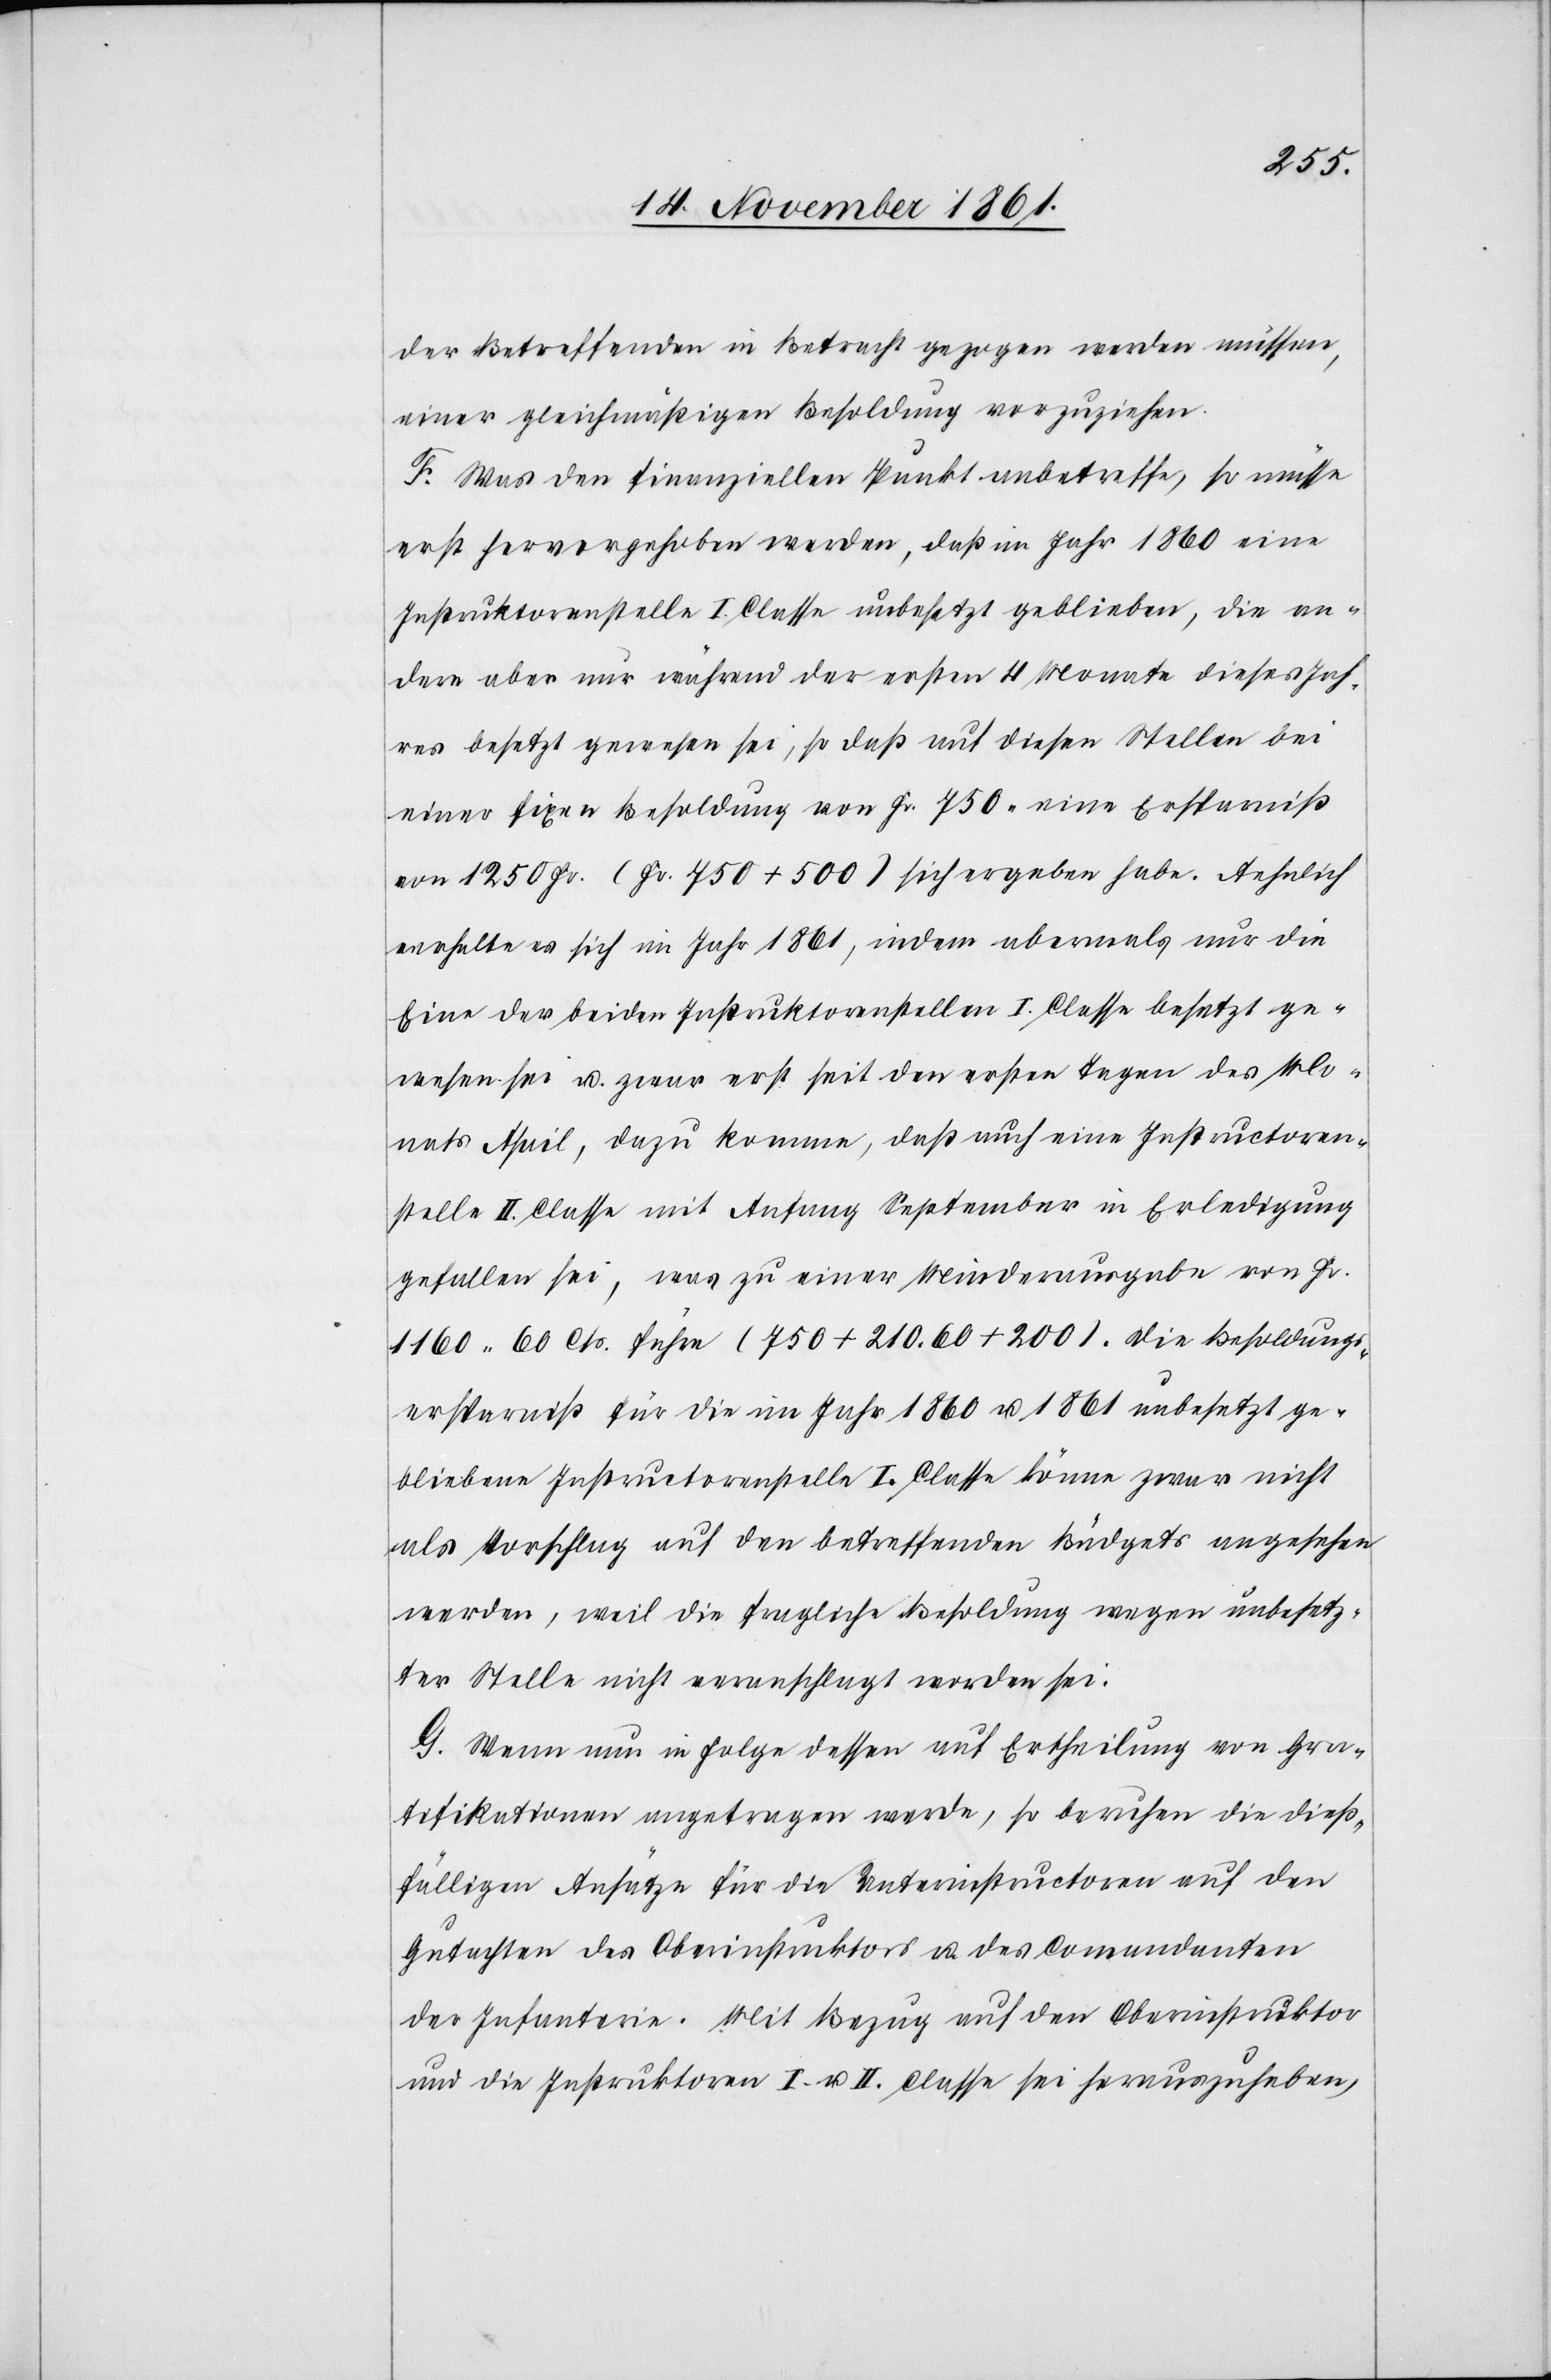
der Betreffenden in Betracht gezogen werden müssen,
einer gleichmäßigen Besoldung vorzuziehen.
F. Was den finanziellen Punkt anbetreffe, so müsse
erst hervorgehoben werden, daß im Jahr 1860 eine
Instruktorenstelle I. Classe unbesetzt geblieben, die an¬
dere aber nur während der ersten 4 Monate dieses Jah¬
res besetzt gewesen sei, so daß auf diesen Stellen bei
einer fixen Besoldung von Fr 750 eine Ersparniß
von 1250 Fr. (Fr 750 + 500) sich ergeben habe. Aehnlich
verhalte es sich im Jahr 1861, indem abermals nur die
Eine der beiden Instruktorenstellen I. Classe besetzt ge¬
wesen sei u. zwar erst seit den ersten Tagen des Mo¬
nats April, dazu komme, daß auch eine Instructoren¬
stelle II Classe mit Anfang September in Erledigung
gefallen sei, was zu einer Minderungsausgabe von Fr.
1160. 60 Cts. führe (750 + 210.60 + 200). Die Besoldungs¬
ersparniß für die im Jahr 1860 u. 1861 unbesetzt ge¬
bliebene Instructorenstelle I. Classe könne zwar nicht
als Vorschlag auf den betreffenden Büdgets angesehen
werden, weil die fragliche Besoldung wegen unbesetz¬
ter Stelle nicht veranschlagt worden sei.
G. Wenn nun in Folge dessen auf Ertheilung von Gra¬
tifikationen angetragen werde, so beruhen die dieß¬
fälligen Ansätze für die Unterinstructoren auf den
Gutachten des Oberinstructors u. des Commandanten
der Infanterie. Mit Bezug auf den Oberinstruktor
und die Instruktoren I. u. II. Classe sei herauszuheben,